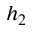
h _ { 2 }